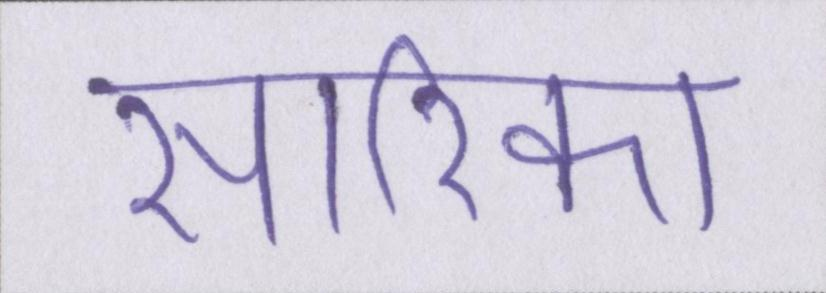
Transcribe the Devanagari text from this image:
सारिका